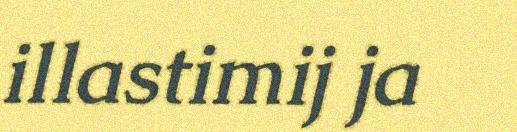
illastimij ja